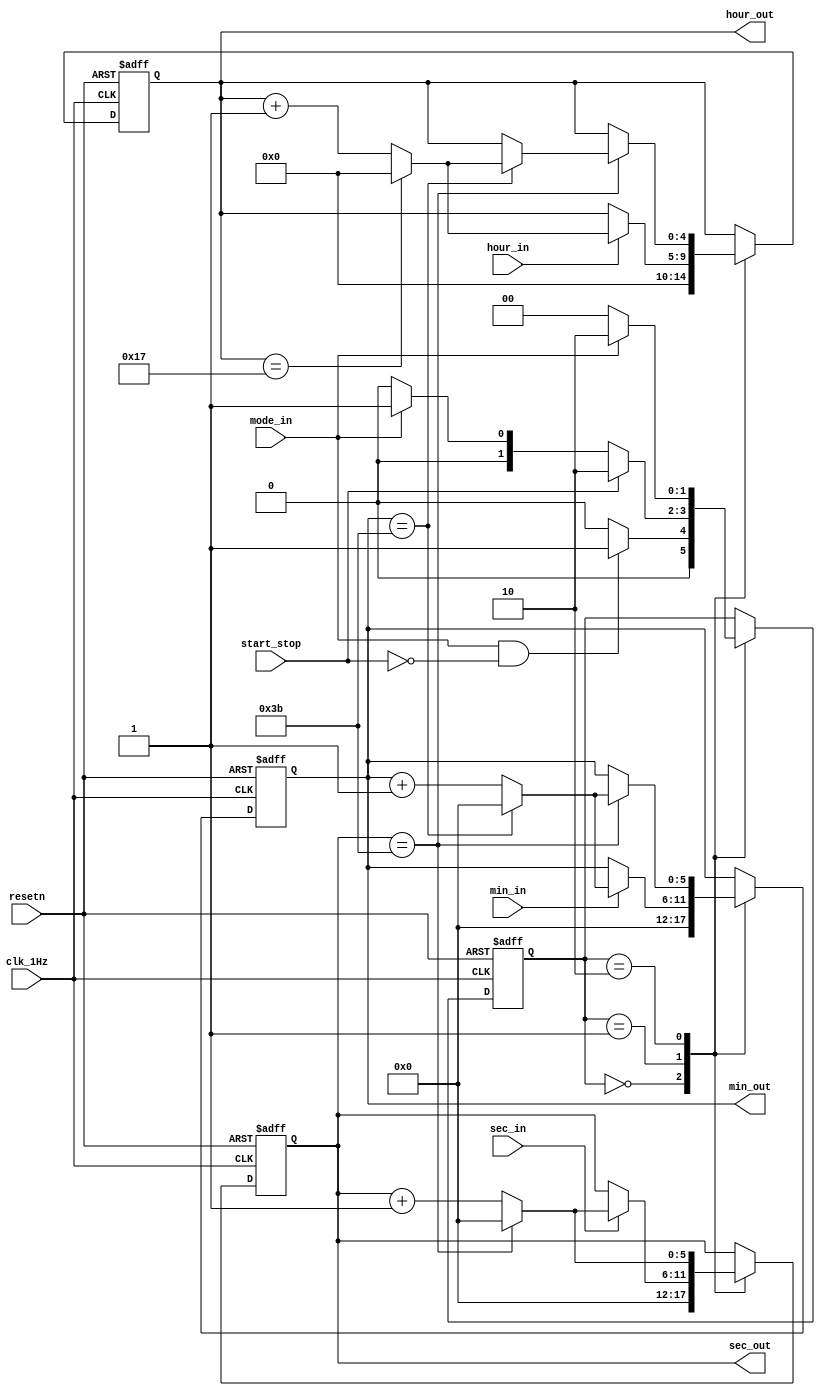
`timescale 1ns / 1ps
//////////////////////////////////////////////////////////////////////////////////
// Company: 
// Engineer: 
// 
// Design Name: 
// Module Name: timer_1
// Project Name: 
// Target Devices: 
// Tool Versions: 
// Description: 
// 
// Dependencies: 
// 
// Revision:
// Revision 0.01 - File Created
// Additional Comments:
// 
//////////////////////////////////////////////////////////////////////////////////


module clock_24hour(
    input clk_1Hz, // from clock divider
    input start_stop, // switch
    input mode_in, // switch
    input hour_in, // from debouncer
    input min_in, // from debouncer
    input sec_in, // from debouncer
    input resetn, // active low (red)
    output [4:0] hour_out, 
    output [5:0] min_out, sec_out
    );
    
    localparam [1:0]
        STATE_IDLE = 2'b00,
        STATE_INPUT = 2'b01,
        STATE_COUNTUP = 2'b10;
        
    reg [1:0] state_reg, state_next;
    reg [4:0] hour_value_reg, hour_value_next; // goes up to 12 and 24
    reg [5:0] sec_value_reg, sec_value_next, min_value_reg, min_value_next; // goes up to 59
    // reg x_reg, x_next, y_reg, y_next;
    
    assign hour_out = hour_value_reg; // assigning reg to outputs
    assign min_out = min_value_reg;
    assign sec_out = sec_value_reg;
    
    always@(posedge clk_1Hz or negedge resetn) begin
        if (!resetn) begin
            state_reg <= STATE_IDLE;
            hour_value_reg <= 0;
            min_value_reg <= 0;
            sec_value_reg <= 0;
            //x_reg <= 0;
            //y_reg <= 0;
        end else begin 
            state_reg <= state_next;
            hour_value_reg <= hour_value_next;
            min_value_reg <= min_value_next;
            sec_value_reg <= sec_value_next;
            //x_reg <= x_next;
            //y_reg <= y_next;
        end
    end 
    
    always@(*) begin
        state_next = state_reg; // required for when no case statement is satisfied
        //x_next = 0;     // to hardcode x to this value if it is not assigned a value in a certain state
        //y_next = y_reg; // to remember the value of y  
        hour_value_next = hour_value_reg;
        min_value_next = min_value_reg;
        sec_value_next = sec_value_reg;
        
        case(state_reg) 
            STATE_IDLE:
            begin 
                state_next = STATE_IDLE;
                hour_value_next = 0;
                min_value_next = 0;
                sec_value_next = 0; // idle state values
                if ((mode_in == 1) & (start_stop == 0)) begin // if mode_in == 1 (input mode) - has priority over first statement
                    state_next = STATE_INPUT;                 // start_stop == 0 condition ensures start_stop is not activated before entering state_input
                    //y_next = 1;
                end
            end
            STATE_INPUT:
            begin
                state_next = STATE_INPUT;   
                if (start_stop) begin
                    state_next = STATE_COUNTUP; // clock starts
                end else if (!mode_in) begin
                    state_next = STATE_IDLE; // reset
                end
                   
                if (hour_in) begin
                    hour_value_next = hour_value_reg + 1;
                    if (hour_value_reg == 23) begin // for 24 hour clock
                        hour_value_next = 0;
                    end
                end
                
                if (min_in) begin
                    min_value_next = min_value_reg + 1;
                    if (min_value_reg == 59) begin
                        min_value_next = 0;
                            if (hour_value_reg == 12) begin // limit for 12 hour clock - incrementing min does not work if hour is at 12
                                min_value_next = 0;
                            end
                    end
                end
                
                if (sec_in) begin
                    sec_value_next = sec_value_reg + 1;
                    if (sec_value_reg == 59) begin
                        sec_value_next = 0;
                            if (hour_value_reg == 12) begin // for 12 hour timer
                                sec_value_next = 0;
                            end
                    end
                    //x_next = 1; 
                end
            end
            STATE_COUNTUP:
            begin
                state_next = STATE_COUNTUP;
                if (!mode_in) begin 
                    state_next = STATE_IDLE; // resets the clock
                end
                
                if (sec_value_reg == 6'd59) begin
                    sec_value_next = 0;
                    min_value_next = min_value_reg + 1;
                    if (min_value_reg == 6'd59) begin
                        sec_value_next = 0;
                        min_value_next = 0;
                        hour_value_next = hour_value_reg + 1;
                        if (hour_value_reg == 5'd23) begin
                            sec_value_next = 0;
                            min_value_next = 0;
                            hour_value_next = 0; // for 12 hour clock ******************************
                        end
                    end
                end else begin
                    sec_value_next = sec_value_reg + 1;
                end
            end
        endcase
    end
        
endmodule